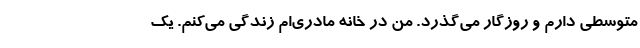
متوسطی دارم و روزگار می‌گذرد. من در خانه مادری‌ام زندگی می‌کنم. یک